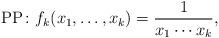
LaTeX: \begin{align*}{\rm PP\!:\ } f_k(x_1,\dots,x_k) = \frac{1}{x_1 \cdots x_k},\end{align*}